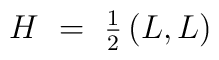
H~=~{\textstyle {1 \over 2}} \, (L,L)